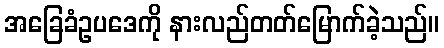
အခြေခံဥပဒေကို နားလည်တတ်မြောက်ခဲ့သည်။